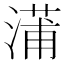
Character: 𬈩